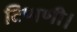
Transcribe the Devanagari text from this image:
टिप्पणी।